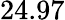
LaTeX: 24.97